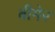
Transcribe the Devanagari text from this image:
बीमेर